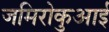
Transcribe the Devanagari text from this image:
जमिरोकुआई